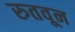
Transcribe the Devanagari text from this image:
रुतवून